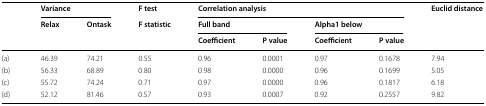
| <ROWSPAN=3>  | <COLSPAN=2> Variance | F test | <COLSPAN=4> Correlation analysis | <ROWSPAN=3> Euclid distance |
 | <ROWSPAN=2> Relax | <ROWSPAN=2> Ontask | <ROWSPAN=2> F statistic | <COLSPAN=2> Full band | <COLSPAN=2> Alpha1 below |
 | Coefficient | P value | Coefficient | P value |
 | --- | --- | --- | --- | --- | --- | --- | --- | --- |
 | (a) | 46.39 | 74.21 | 0.55 | 0.96 | 0.0001 | 0.97 | 0.1678 | 7.94 |
 | (b) | 56.33 | 68.89 | 0.80 | 0.98 | 0.0000 | 0.96 | 0.1699 | 5.05 |
 | (c) | 55.72 | 74.24 | 0.71 | 0.97 | 0.0000 | 0.96 | 0.1817 | 6.18 |
 | (d) | 52.12 | 81.46 | 0.57 | 0.93 | 0.0007 | 0.92 | 0.2557 | 9.82 |